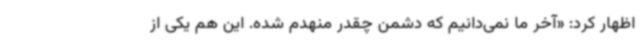
اظهار کرد: «آخر ما نمی‌دانیم که دشمن چقدر منهدم شده. این هم یکی از